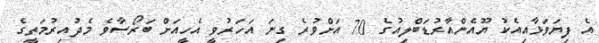
އެ ފިޔަވަޅާއިއެކު ޔޫއެންއާރުޑަބްލިއުގެ 70 އަށްވުރެ ގިނަ އަހަރުވީ އެހީއަށް ބަރޯސާވެ މެދުއިރުމަތީގެ